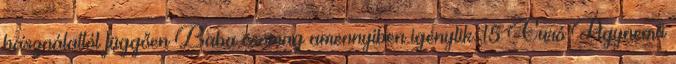
használattól függően Baba csomag amennyiben igénylik: 15 Euró Ágynemű